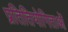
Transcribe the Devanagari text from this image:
प्रतितियोगिताओं